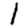
Digit: 1